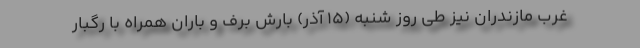
غرب مازندران نیز طی روز شنبه (۱۵ آذر) بارش برف و باران همراه با رگبار